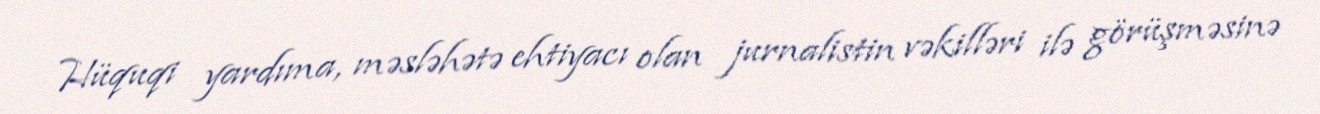
Hüquqi yardıma, məsləhətə ehtiyacı olan jurnalistin vəkilləri ilə görüşməsinə